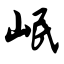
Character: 岷